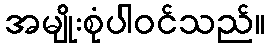
အမျိုးစုံပါဝင်သည်။